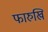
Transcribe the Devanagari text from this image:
फारुखि